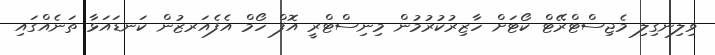
ވިލިނގިލި މެޖިސްޓްރޭޓް ކޯޓަށް ހާޒިރުކުރުމުން މިނިސްޓްރީ އޮފް ހޯމް އެފެއަރޒުން ކަނޑައަޅާ ތަނެއްގައި